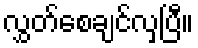
လွှတ်စေချင်လှပြီ။